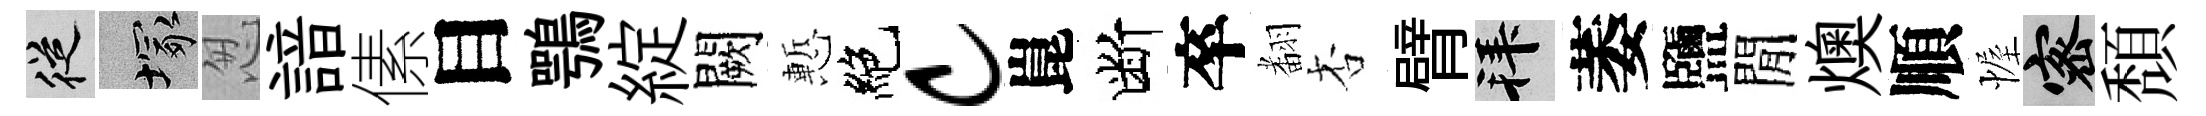
從塚怱諳傃目鶚綻闕慙絶c崑断卒𮋒杏臂拜萎鹽閒燠順幄密頽